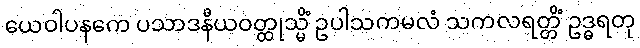
ယေဝါပနကေ ပသာဒနီယဝတ္ထုသ္မိံ ဥပါသကမလံ သကလရတ္တိံ ဥဒ္ဓရတု